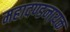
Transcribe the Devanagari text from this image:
महादण्डनायक